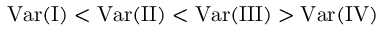
\mathrm { V a r ( I ) } < \mathrm { V a r ( I I ) } < \mathrm { V a r ( I I I ) } > \mathrm { V a r ( I V ) }